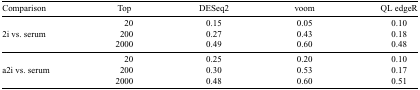
<table><thead><tr><td><b>Comparison</b></td><td><b>Top</b></td><td><b>DESeq2</b></td><td><b>voom</b></td><td><b>QL edgeR</b></td></tr></thead><tbody><tr><td> </td><td>20</td><td>0.15</td><td>0.05</td><td>0.10</td></tr><tr><td>2i vs. serum</td><td>200</td><td>0.27</td><td>0.43</td><td>0.18</td></tr><tr><td> </td><td>2000</td><td>0.49</td><td>0.60</td><td>0.48</td></tr><tr><td> </td><td>20</td><td>0.25</td><td>0.20</td><td>0.10</td></tr><tr><td>a2i vs. serum</td><td>200</td><td>0.30</td><td>0.53</td><td>0.17</td></tr><tr><td> </td><td>2000</td><td>0.48</td><td>0.60</td><td>0.51</td></tr></tbody></table>